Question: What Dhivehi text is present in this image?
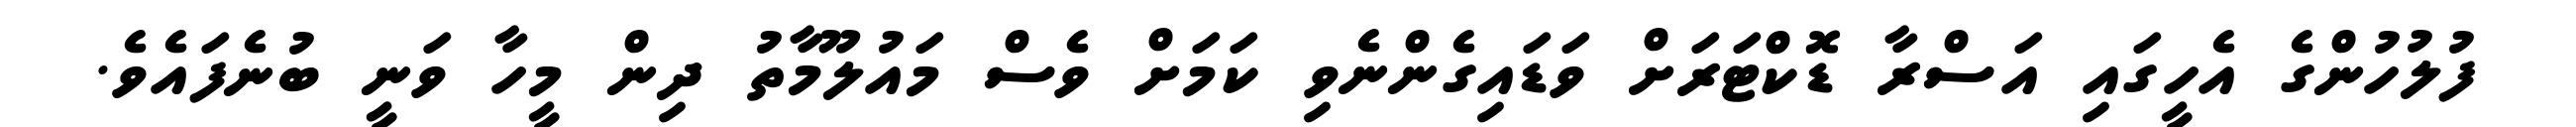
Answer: ފުލުހުންގެ އެހީގައި އަސްރާ ޑޮކްޓަރަށް ވަޑައިގެންނެވި ކަމަށް ވެސް މައުލޫމާތު ދިން މީހާ ވަނީ ބުނެފައެވެ.